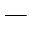
\_